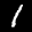
Label: 1